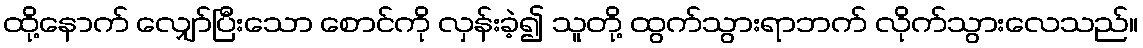
ထို့နောက် လျှော်ပြီးသော စောင်ကို လှန်းခဲ့၍ သူတို့ ထွက်သွားရာဘက် လိုက်သွားလေသည်။